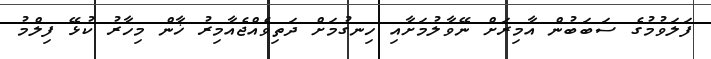
ފަލަވުމުގެ ސަބަބުން އާމިރަށް ނޭވާލުމަށާއި ހިނގުމަށް ދަތިވެއްޖެއާމިރު ޚާން މިހާރު ކުޅޭ ފިލްމު